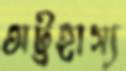
অট্টহাস্য